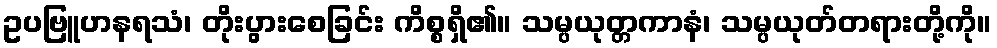
ဥပဗြူဟနရသံ၊ တိုးပွားစေခြင်း ကိစ္စရှိ၏။ သမ္ပယုတ္တကာနံ၊ သမ္ပယုတ်တရားတို့ကို။